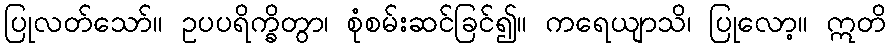
ပြုလတ်သော်။ ဥပပရိက္ခိတွာ၊ စုံစမ်းဆင်ခြင်၍။ ကရေယျာသိ၊ ပြုလော့။ ဣတိ